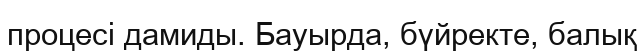
процесі дамиды. Бауырда, бүйректе, балық